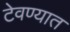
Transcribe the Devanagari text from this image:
टेवण्यात